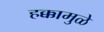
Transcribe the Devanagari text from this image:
हक्कामुळे